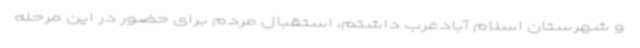
و شهرستان اسلام آبادغرب داشتم، استقبال مردم برای حضور در این مرحله